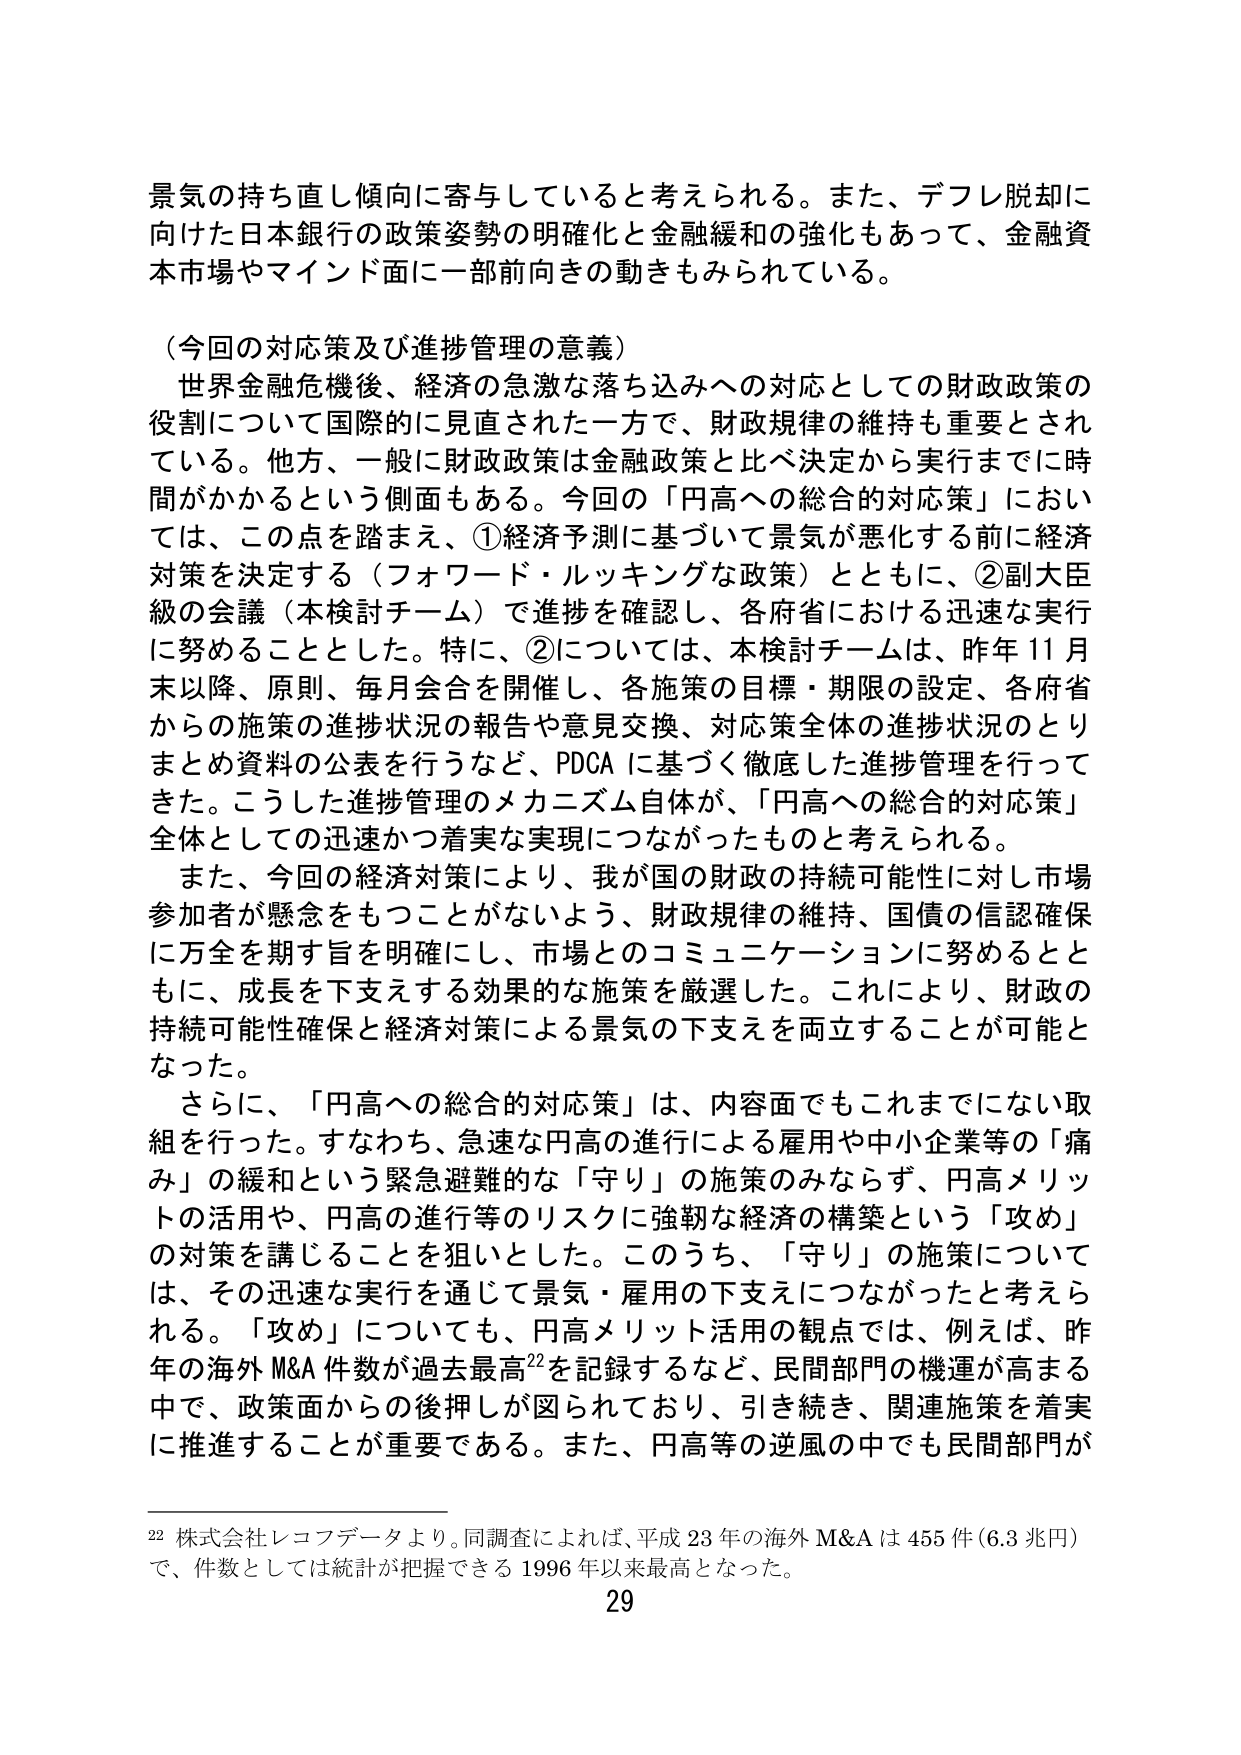
景気の持ち直し傾向に寄与していると考えられる。また、デフレ脱却に向けた日本銀行の政策姿勢の明確化と金融緩和の強化もあって、金融資本市場やマインド面に一部前向きの動きもみられている。

（今回の対応策及び進捗管理の意義）
世界金融危機後、経済の急激な落ち込みへの対応としての財政政策の役割について国際的に見直された一方で、財政規律の維持も重要とされている。他方、一般に財政政策は金融政策と比べ決定から実行までに時間がかかるという側面もある。今回の「円高への総合的対応策」においては、この点を踏まえ、①経済予測に基づいて景気が悪化する前に経済対策を決定する（フォワード・ルッキングな政策）とともに、②副大臣級の会議（本検討チーム）で進捗を確認し、各府省における迅速な実行に努めることとした。特に、②については、本検討チームは、昨年11月末以降、原則、毎月会合を開催し、各施策の目標・期限の設定、各府省からの施策の進捗状況の報告や意見交換、対応策全体の進捗状況のとりまとめ資料の公表を行うなど、PDCAに基づく徹底した進捗管理を行ってきた。こうした進捗管理のメカニズム自体が、「円高への総合的対応策」全体としての迅速かつ着実な実現につながったものと考えられる。

また、今回の経済対策により、我が国の財政の持続可能性に対し市場参加者が懸念をもつことがないよう、財政規律の維持、国債の信認確保に万全を期す旨を明確にし、市場とのコミュニケーションに努めるとともに、成長を下支えする効果的な施策を厳選した。これにより、財政の持続可能性確保と経済対策による景気の下支えを両立することが可能となった。

さらに、「円高への総合的対応策」は、内容面でもこれまでにない取組を行った。すなわち、急速な円高の進行による雇用や中小企業等の「痛み」の緩和という緊急避難的な「守り」の施策のみならず、円高メリットの活用や、円高の進行等のリスクに強靭な経済の構築という「攻め」の対策を講じることを狙いとした。このうち、「守り」の施策については、その迅速な実行を通じて景気・雇用の下支えにつながったと考えられる。「攻め」についても、円高メリット活用の観点では、例えば、昨年の海外M&A件数が過去最高22を記録するなど、民間部門の機運が高まる中で、政策面からの後押しが図られており、引き続き、関連施策を着実に推進することが重要である。また、円高等の逆風の中でも民間部門が

22 株式会社レコフデータより。同調査によれば、平成23年の海外M&Aは455件（6.3兆円）で、件数としては統計が把握できる1996年以来最高となった。

29